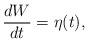
LaTeX: \begin{align*}\frac{dW}{dt} = \eta(t),\end{align*}